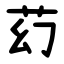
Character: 䒛